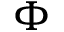
\Phi